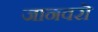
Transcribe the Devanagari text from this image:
जानवरॊ